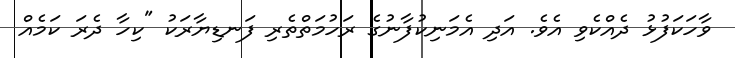
ވާހަކަފުޅު ދެއްކެވި އެވެ. އަދި އެމަނިކުފާނުގެ ރަހުމަތްތެރި ފަނޑިޔާރަކު "ކިހާ ދެރަ ކަމެއް